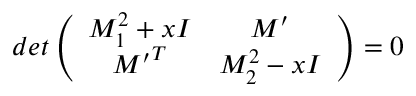
d e t \left( \begin{array} { c c } { { { \cal M } _ { 1 } ^ { 2 } + x I } } & { { { \cal M ^ { \prime } } } } \\ { { { \cal M ^ { \prime } } ^ { T } } } & { { { \cal M } _ { 2 } ^ { 2 } - x I } } \end{array} \right) = 0